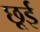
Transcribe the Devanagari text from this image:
छूई